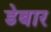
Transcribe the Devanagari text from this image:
डेबार